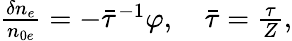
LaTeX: \begin{array}{r}{\frac{\delta n_{e}}{n_{0e}}=-\bar{\tau}^{-1}\varphi,\quad\bar{\tau}=\frac{\tau}{Z},}\end{array}